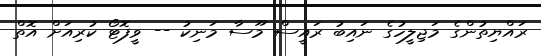
ރައްޔިތުންގެ މަޖިލީހުގެ ނައިބު ރައީސް މޫސާ މަނިކު -- ވީފޮޓޯ ކުރިއަށް އޮތް